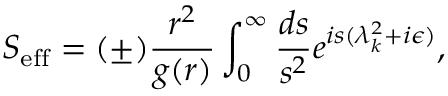
S _ { \mathrm { e f f } } = ( \pm ) { \frac { r ^ { 2 } } { g ( r ) } } \int _ { 0 } ^ { \infty } { \frac { d s } { s ^ { 2 } } } e ^ { i s ( \lambda _ { k } ^ { 2 } + i \epsilon ) } ,